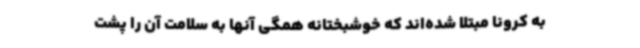
به کرونا مبتلا شده‌اند که خوشبختانه همگی آنها به سلامت آن را پشت